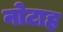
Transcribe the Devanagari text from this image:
नोटाह